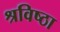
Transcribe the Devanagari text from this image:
श्रविष्ठा